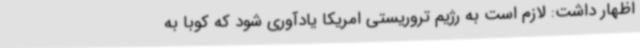
اظهار داشت: لازم است به رژیم تروریستی امریکا یادآوری شود که کوبا به